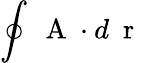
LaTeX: \oint\mathrm{~\mathbf~A~}\cdot d\mathrm{~\mathbf~r~}